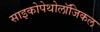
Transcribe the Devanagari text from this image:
साइकोपेथोलॉजिकल